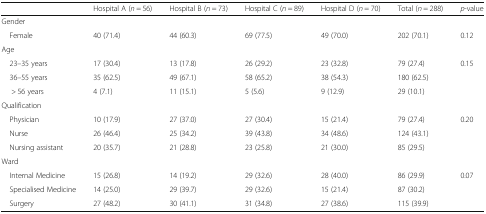
<table><thead><tr><td></td><td><b>Hospital A (<i>n</i> = 56)</b></td><td><b>Hospital B (<i>n</i> = 73)</b></td><td><b>Hospital C (<i>n</i> = 89)</b></td><td><b>Hospital D (<i>n</i> = 70)</b></td><td><b>Total (<i>n</i> = 288)</b></td><td><b><i>p</i>-value</b></td></tr></thead><tbody><tr><td colspan="7">Gender</td></tr><tr><td> Female</td><td>40 (71.4)</td><td>44 (60.3)</td><td>69 (77.5)</td><td>49 (70.0)</td><td>202 (70.1)</td><td>0.12</td></tr><tr><td colspan="7">Age</td></tr><tr><td> 23–35 years</td><td>17 (30.4)</td><td>13 (17.8)</td><td>26 (29.2)</td><td>23 (32.8)</td><td>79 (27.4)</td><td rowspan="3">0.15</td></tr><tr><td> 36–55 years</td><td>35 (62.5)</td><td>49 (67.1)</td><td>58 (65.2)</td><td>38 (54.3)</td><td>180 (62.5)</td></tr><tr><td>&gt; 56 years</td><td>4 (7.1)</td><td>11 (15.1)</td><td>5 (5.6)</td><td>9 (12.9)</td><td>29 (10.1)</td></tr><tr><td colspan="7">Qualification</td></tr><tr><td> Physician</td><td>10 (17.9)</td><td>27 (37.0)</td><td>27 (30.4)</td><td>15 (21.4)</td><td>79 (27.4)</td><td rowspan="3">0.20</td></tr><tr><td> Nurse</td><td>26 (46.4)</td><td>25 (34.2)</td><td>39 (43.8)</td><td>34 (48.6)</td><td>124 (43.1)</td></tr><tr><td> Nursing assistant</td><td>20 (35.7)</td><td>21 (28.8)</td><td>23 (25.8)</td><td>21 (30.0)</td><td>85 (29.5)</td></tr><tr><td colspan="7">Ward</td></tr><tr><td> Internal Medicine</td><td>15 (26.8)</td><td>14 (19.2)</td><td>29 (32.6)</td><td>28 (40.0)</td><td>86 (29.9)</td><td rowspan="3">0.07</td></tr><tr><td> Specialised Medicine</td><td>14 (25.0)</td><td>29 (39.7)</td><td>29 (32.6)</td><td>15 (21.4)</td><td>87 (30.2)</td></tr><tr><td> Surgery</td><td>27 (48.2)</td><td>30 (41.1)</td><td>31 (34.8)</td><td>27 (38.6)</td><td>115 (39.9)</td></tr></tbody></table>